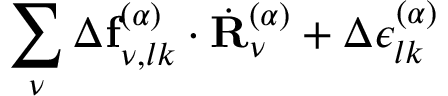
\sum _ { \nu } \Delta \mathbf { f } _ { \nu , l k } ^ { ( \alpha ) } \cdot \dot { \mathbf { R } } _ { \nu } ^ { ( \alpha ) } + \Delta \epsilon _ { l k } ^ { ( \alpha ) }